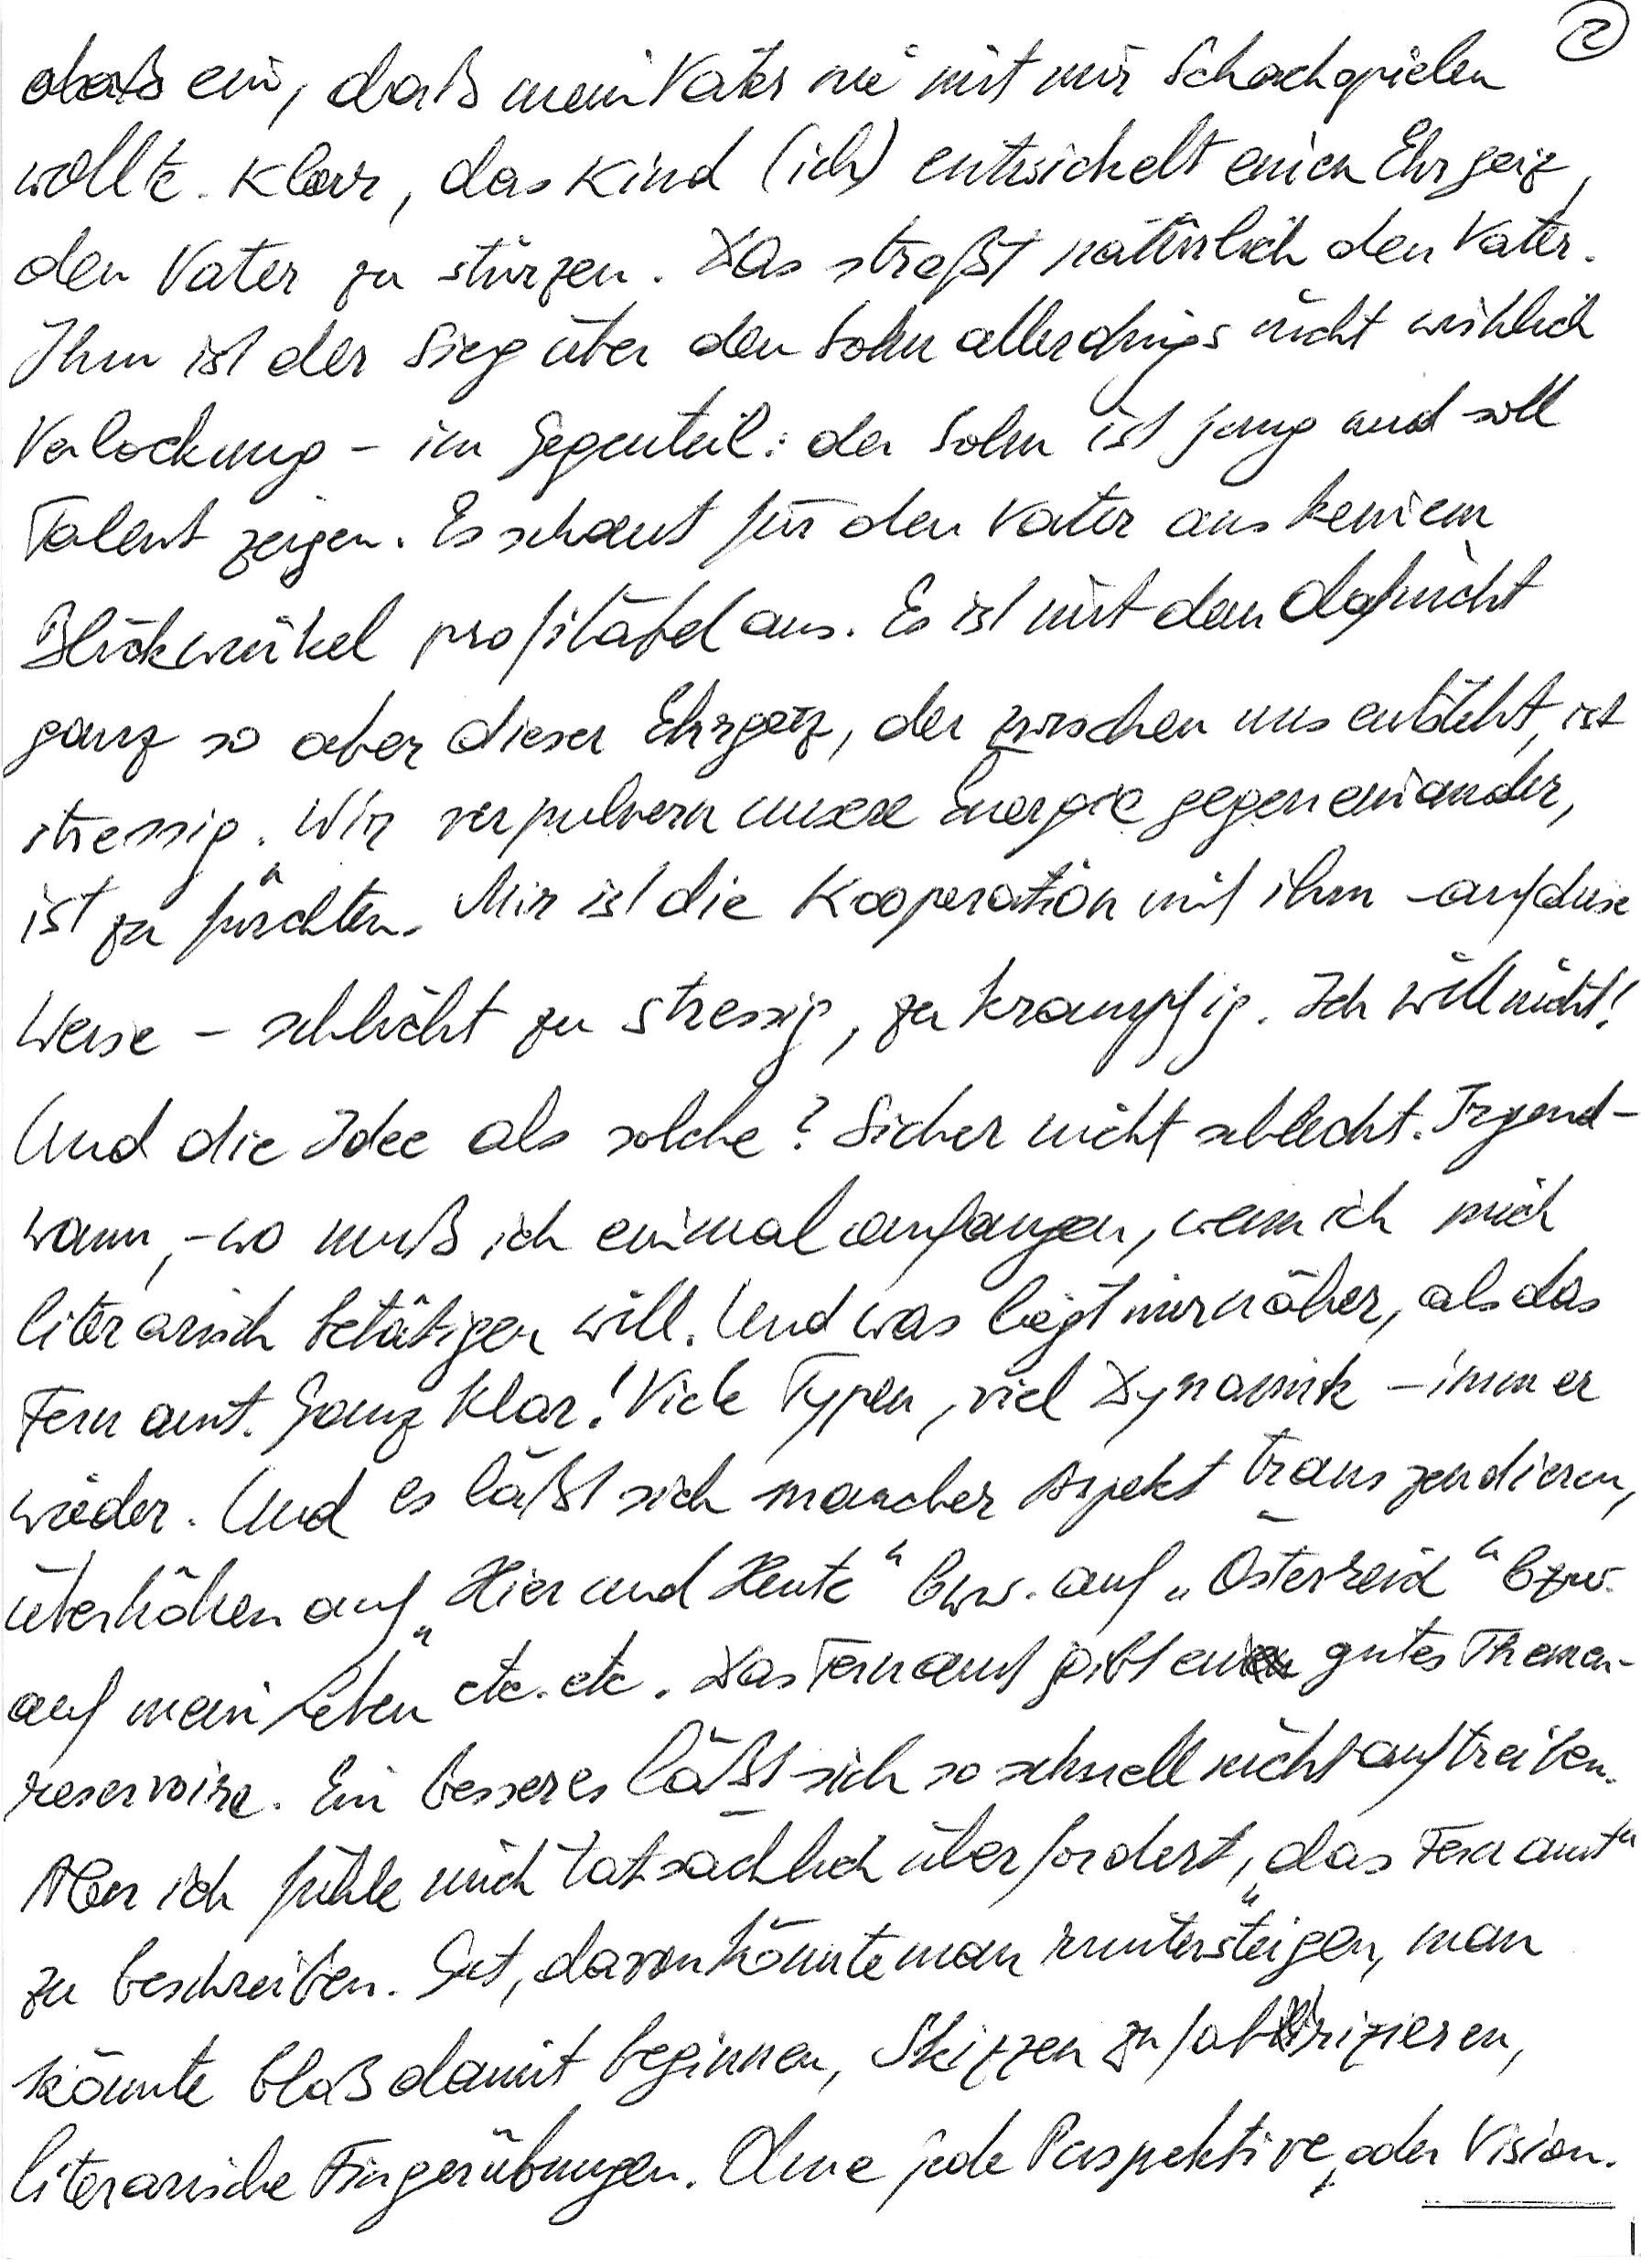
ein, daß mein Vater nie mit mir Schachspielen
wollte. Klar, das Kind (ich) entwickelt einen Ehrgeiz,
den Vater zu stürzen. Das streßt natürlich den Vater.
Ihm ist der Sieg über den Sohn allerdings nicht wirklich
Verlockung – im Gegenteil: der Sohn ist jung und soll
Talent zeigen. Es schaut für den Vater aus keinem
Blickwinkel profitabel aus. Es ist mit dem Olaf nicht
ganz so aber dieser Ehrgeiz, der zwischen uns entsteht, ist
stressig. Wir verpulvern unsere Energie gegeneinander,
ist zu fürchten. Mir ist die Kooperation mit ihm – auf diese
Weise – schlicht zu stressig, zu krampfig. Ich will nicht!
Und die Idee als solche? Sicher nicht schlecht. Irgend-
wann, -wo muß ich einmal anfangen, wenn ich mich
literarisch betätigen will. Und was liegt mir näher, als das
Fernamt. Ganz klar! Viele Typen, viel Dynamik – immer
wieder. Und es läßt sich mancher Aspekt transzendieren,
überhöhen auf „Hier und Heute“ bzw. auf „Österreich“ bzw.
auf mein Leben etc. etc. Das Fernamt gibt ein gutes Themen-
reservoire. Ein besseres läßt sich so schnell nicht auftreiben.
Aber ich fühle mich tatsächlich überfordert, „das Fernamt“
zu beschreiben. Gut, davon könnte man runtersteigen, man
könnte bloß damit beginnen, Skizzen zu fabrizieren,
literarische Fingerübungen. Ohne jede Perspektive oder Vision.